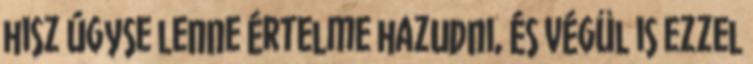
hisz úgyse lenne értelme hazudni, és végül is ezzel